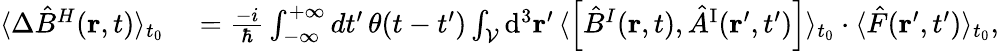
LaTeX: \begin{array}{rl}{\langle\Delta\hat{B}^{H}({\mathbf r},t)\rangle_{t_{0}}}&{{}=\frac{-i}{\hbar}\int_{-\infty}^{+\infty}dt^{\prime}\, \theta(t-t^{\prime})\int_{\cal V}\mathrm{d}^{3}{\mathbf r}^{\prime}\, \langle\left[\hat{B}^{I}({\mathbf r},t),\hat{A}^{\mathrm{I}}({\mathbf r}^{\prime},t^{\prime})\right]\rangle_{t_{0}}\cdot\langle\hat{F}({\mathbf r}^{\prime},t^{\prime})\rangle_{t_{0}},}\end{array}